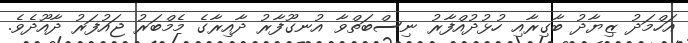
އަހްމަދު ޒިޔާދު ބާގިރާއި ހުޅުދުއްފާރު ނިސްބަތްވާ އުނގޫފާރު ދާއިރާގެ މެމްބަރު ޖައުފަރު ދާއޫދެވެ.